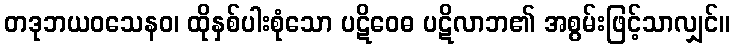
တဒုဘယဝသေနဝ၊ ထိုနှစ်ပါးစုံသော ပဋိဝေဓ ပဋိလာဘ၏ အစွမ်းဖြင့်သာလျှင်။